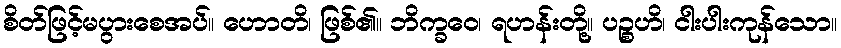
စိတ်ဖြင့်မပွားစေအပ်။ ဟောတိ၊ ဖြစ်၏။ ဘိက္ခဝေ၊ ရဟန်းတို့။ ပဉ္စဟိ၊ ငါးပါးကုန်သော။